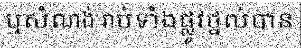
ឬសំណង់ រាប់ទាំងផ្លូវថ្នល់បាន